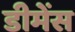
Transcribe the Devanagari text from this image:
डीमेंस